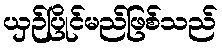
ယှဉ်ပြိုင်မည်ဖြစ်သည်